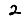
Digit: 2